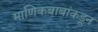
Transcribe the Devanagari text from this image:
माणिकबाबांकडून